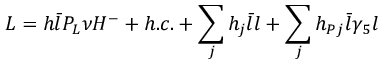
{ \cal L } = h \bar { l } P _ { L } \nu H ^ { - } + h . c . + \sum _ { j } h _ { j } \bar { l } l + \sum _ { j } h _ { P j } \bar { l } \gamma _ { 5 } l